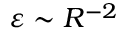
\varepsilon \sim R ^ { - 2 }